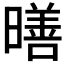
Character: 𪱋